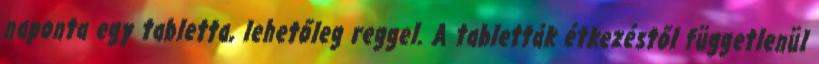
naponta egy tabletta, lehetőleg reggel. A tabletták étkezéstől függetlenül